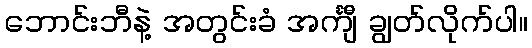
ဘောင်းဘီနဲ့ အတွင်းခံ အင်္ကျီ ချွတ်လိုက်ပါ။